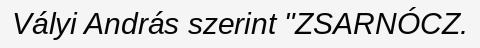
Vályi András szerint "ZSARNÓCZ.